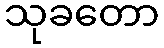
သုခတော